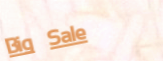
Big Sale